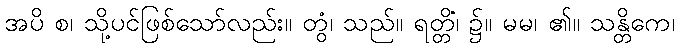
အပိ စ၊ သို့ပင်ဖြစ်သော်လည်း။ တွံ၊ သည်။ ရတ္တိံ၊ ၌။ မမ၊ ၏။ သန္တိကေ၊